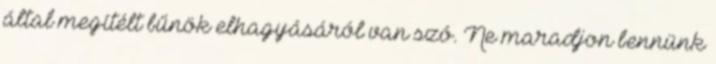
által megítélt bűnök elhagyásáról van szó. Ne maradjon bennünk